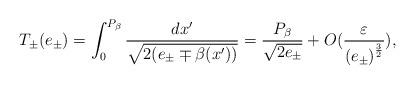
LaTeX: \begin{align*}T_{\pm}(e_{\pm})=\int_{0}^{P_{\beta}}\frac{dx^{\prime}}{\sqrt{2(e_{\pm}\mp\beta(x^{\prime}))}}=\frac{P_{\beta}}{\sqrt{2e_{\pm}}}+O(\frac{\varepsilon}{\left( e_{\pm}\right) ^{\frac{3}{2}}}),\end{align*}